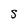
Character: S